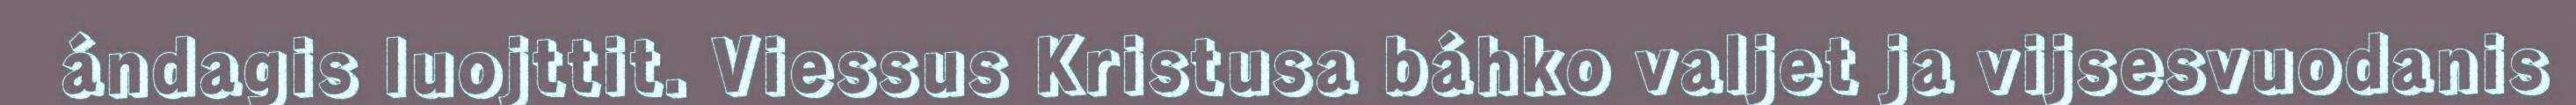
ándagis luojttit. Viessus Kristusa báhko valjet ja vijsesvuodanis